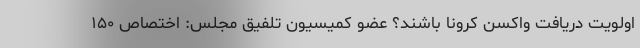
اولویت دریافت واکسن کرونا باشند؟ عضو کمیسیون تلفیق مجلس: اختصاص ۱۵۰